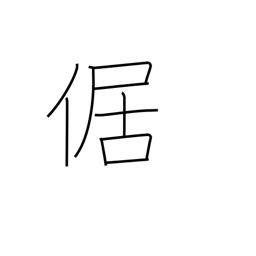
Meaning: squatting with legs outstretched